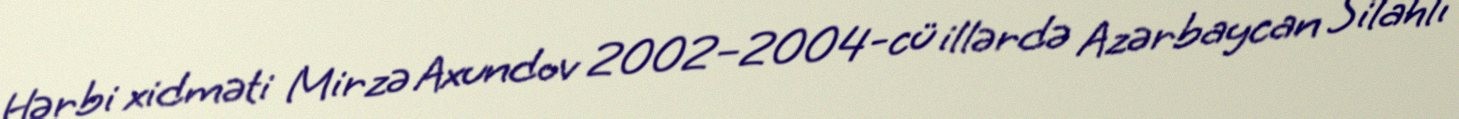
Hərbi xidməti Mirzə Axundov 2002–2004-cü illərdə Azərbaycan Silahlı